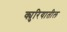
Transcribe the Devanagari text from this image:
क्युरियातील